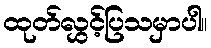
ထုတ်လွှင့်ပြသမှာပါ။